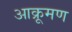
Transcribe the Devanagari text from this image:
आक्रूमण